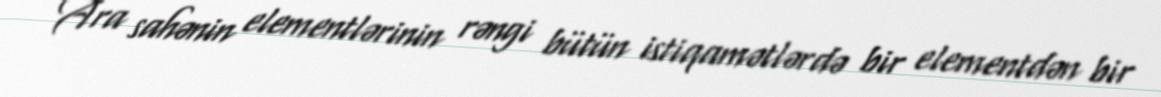
Ara sahənin elementlərinin rəngi bütün istiqamətlərdə bir elementdən bir